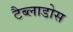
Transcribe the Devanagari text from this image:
टैब्लाडोस